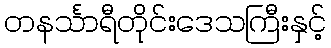
တနင်္သာရီတိုင်းဒေသကြီးနှင့်